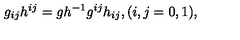
g _ { i j } h ^ { i j } = g h ^ { - 1 } g ^ { i j } h _ { i j } , ( i , j = 0 , 1 ) ,